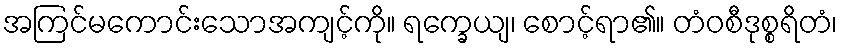
အကြင်မကောင်းသောအကျင့်ကို။ ရက္ခေယျ၊ စောင့်ရာ၏။ တံဝစီဒုစ္စရိတံ၊